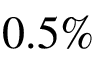
0 . 5 \%